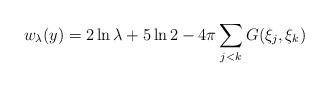
LaTeX: \begin{align*}w_{\lambda}(y)=2\ln{\lambda}+5\ln{2}-4\pi\sum\limits_{j< k} G(\xi_j,\xi_k)\end{align*}